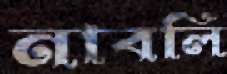
নাবলি